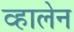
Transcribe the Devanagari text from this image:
व्हालेन